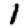
Digit: 1